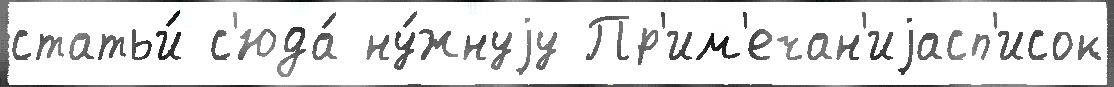
статьи́ с'юда́ ну́жнуjу Пр'им'ечан'иjасп'исок